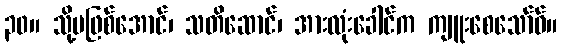
၃၀။ သို့မဖြစ်အောင်၊ သတိဆောင်၊ အားလုံးခေါင်က ကျူးစေသော်ဝ်။